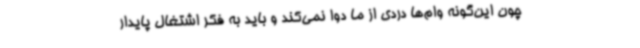
چون این‌گونه وام‌ها دردی از ما دوا نمی‌کند و باید به فکر اشتغال پایدار